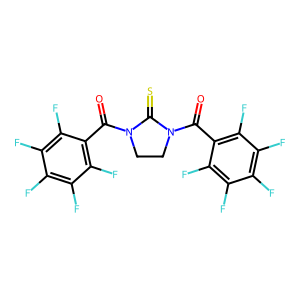
SMILES: O=C(c1c(F)c(F)c(F)c(F)c1F)N1CCN(C(=O)c2c(F)c(F)c(F)c(F)c2F)C1=S
Inhibits HIV replication: No